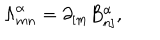
LaTeX: { \Lambda } _ { m n } ^ { \alpha } = \partial _ { [ m } B _ { n ] } ^ { \alpha } ,